65_HS1-834228961_62-HQ-83894_Section_2
Agency: FBI
Page 108
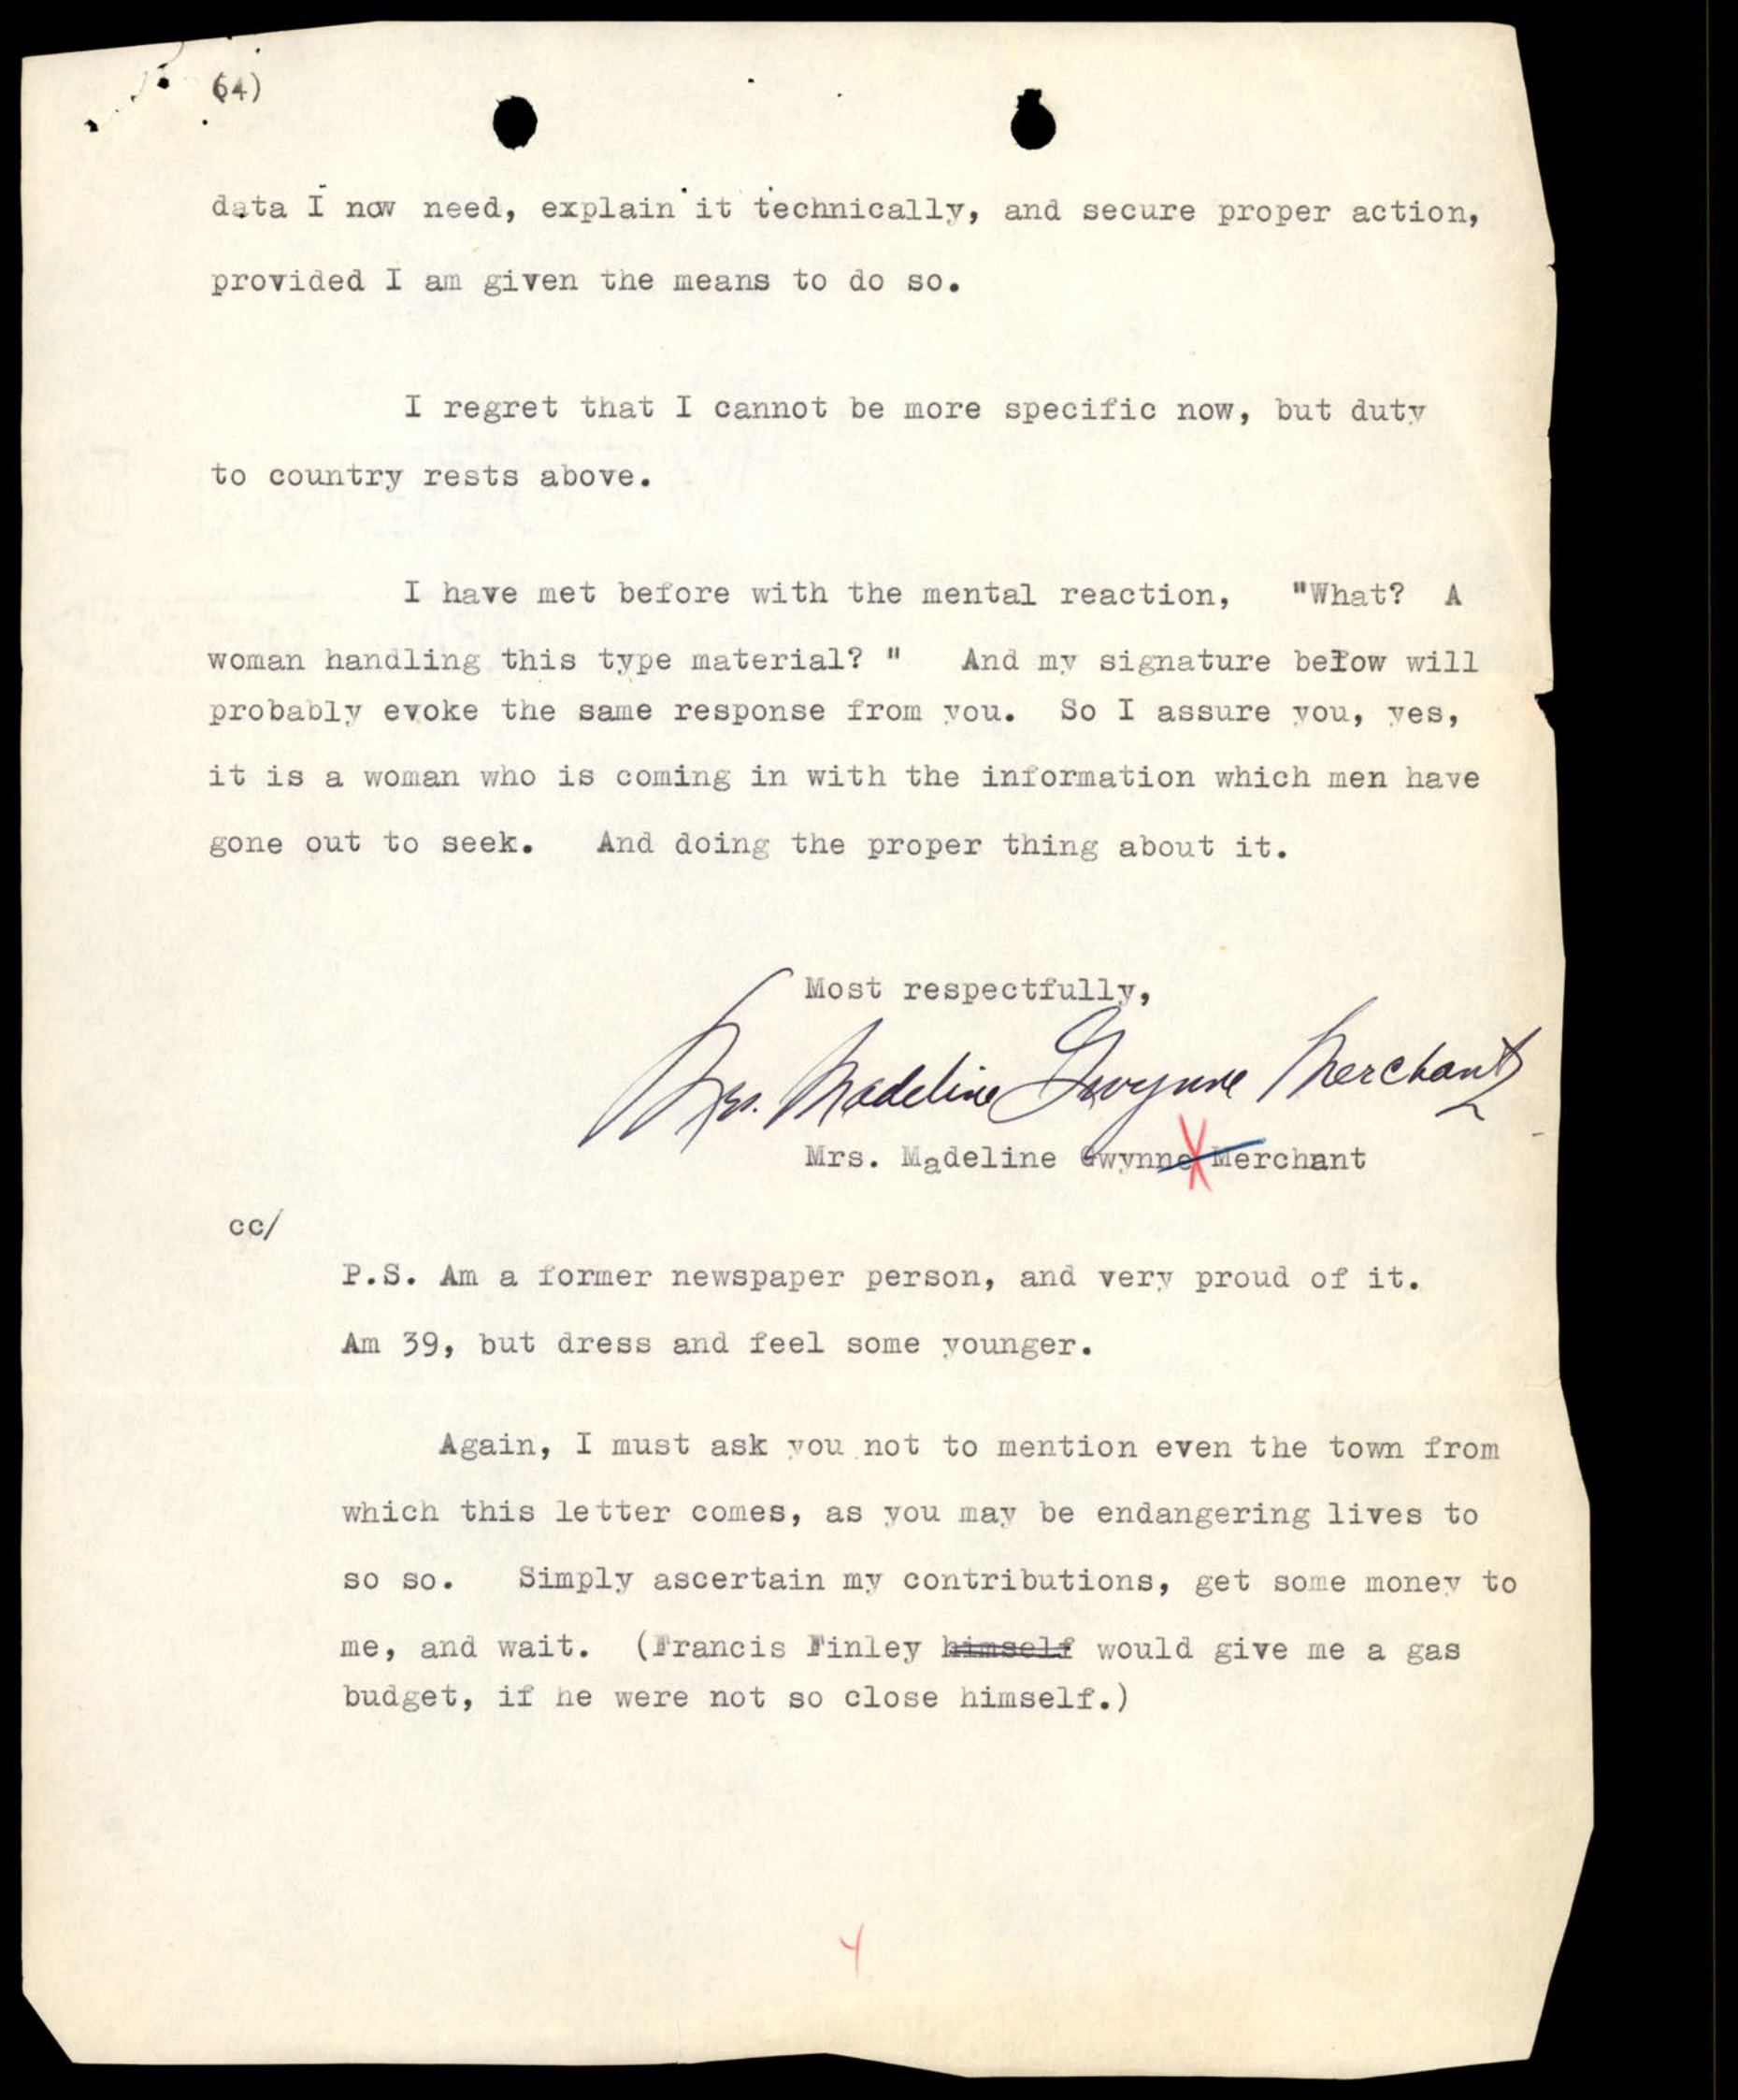